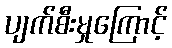
ပျက်စီးမှုကြောင့်